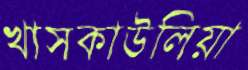
খাসকাউলিয়া